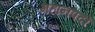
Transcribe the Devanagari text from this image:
महानपदों